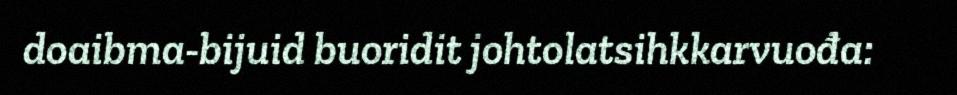
doaibma-bijuid buoridit johtolatsihkkarvuođa: